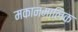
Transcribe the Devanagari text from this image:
मकानमालिक